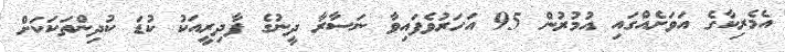
އެމެރިކާގެ އަވަށެއްގައި އުމުރުން 95 އަހަރުވެފައިވާ ނަސާރާ ދީނުގެ ފާދިރީއަކު ކުޑަ ކުދިންތަކަކަށް